画像に写った文字を読んでください
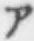
「ア」と書いてあります